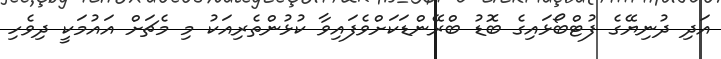
އަދި ދުނިޔޭގެ ފުޓްބޯޅައިގެ ބޮޑު ބްރޭންޑަކަށްވެފައިވާ ކުޅުންތެރިއަކު މި މެޗަށް އައުމަކީ ދިވެހި